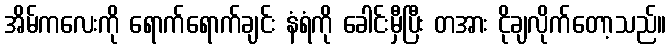
အိမ်ကလေးကို ရောက်ရောက်ချင်း နံရံကို ခေါင်းမှီပြီး တအား ငိုချလိုက်တော့သည်။